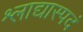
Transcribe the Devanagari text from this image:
श्लाद्यास्पदं